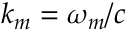
k _ { m } = \omega _ { m } / c